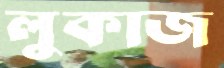
লুকাজ